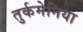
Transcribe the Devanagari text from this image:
तुर्कमेनिया